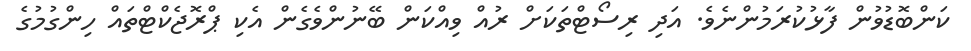
ކަންބޮޑުވުން ފާޅުކުރަމުންނެވެ. އަދި ރިސޯޓްތަކަށް ރުއް ވިއްކަން ބޭނުންވެގެން އެކި ޕްރޮޖެކްޓްތައް ހިންގުމުގެ